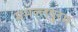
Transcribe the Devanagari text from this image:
ममल्लपुरम